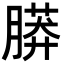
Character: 𦟮